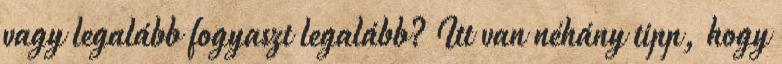
vagy legalább fogyaszt legalább? Itt van néhány tipp, hogy